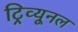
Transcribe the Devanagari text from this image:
ट्रिव्यूनल